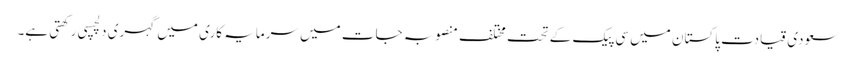
سعودی قیادت پاکستان میں سی پیک کے تحت مختلف منصوبہ جات میں سرمایہ کاری میں گہری دلچسپی رکھتی ہے۔